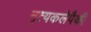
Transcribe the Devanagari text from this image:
नृत्यकलेपैकी